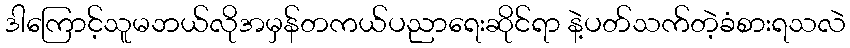
ဒါကြောင့်သူမဘယ်လိုအမှန်တကယ်ပညာရေးဆိုင်ရာ နဲ့ပတ်သက်တဲ့ခံစားရသလဲ